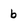
Character: b